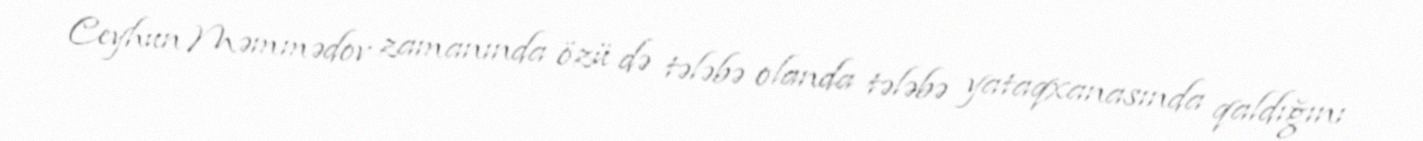
Ceyhun Məmmədov zamanında özü də tələbə olanda tələbə yataqxanasında qaldığını